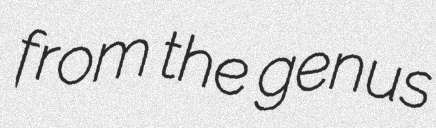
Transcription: from the genus